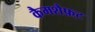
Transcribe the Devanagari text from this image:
कैमशैफ़्ट